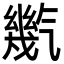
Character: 㡮